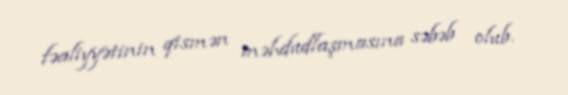
fəaliyyətinin qismən məhdudlaşmasına səbəb olub.